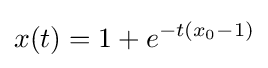
x(t)=1+e^{-t\left(x_{0}-1\right)}